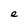
Character: e